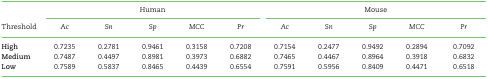
<table><thead><tr><td><b> </b></td><td colspan="5"><b>Human</b></td><td colspan="5"><b>Mouse</b></td></tr><tr><td><b>Threshold</b></td><td><b><i>Ac</i></b></td><td><b><i>Sn</i></b></td><td><b><i>Sp</i></b></td><td><b><i>MCC</i></b></td><td><b><i>Pr</i></b></td><td><b><i>Ac</i></b></td><td><b><i>Sn</i></b></td><td><b><i>Sp</i></b></td><td><b><i>MCC</i></b></td><td><b><i>Pr</i></b></td></tr></thead><tbody><tr><td><b>High</b></td><td>0.7235</td><td>0.2781</td><td>0.9461</td><td>0.3158</td><td>0.7208</td><td>0.7154</td><td>0.2477</td><td>0.9492</td><td>0.2894</td><td>0.7092</td></tr><tr><td><b>Medium</b></td><td>0.7487</td><td>0.4497</td><td>0.8981</td><td>0.3973</td><td>0.6882</td><td>0.7465</td><td>0.4467</td><td>0.8964</td><td>0.3918</td><td>0.6832</td></tr><tr><td><b>Low</b></td><td>0.7589</td><td>0.5837</td><td>0.8465</td><td>0.4439</td><td>0.6554</td><td>0.7591</td><td>0.5956</td><td>0.8409</td><td>0.4471</td><td>0.6518</td></tr></tbody></table>